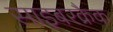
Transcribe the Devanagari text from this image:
साइबरक्रैक